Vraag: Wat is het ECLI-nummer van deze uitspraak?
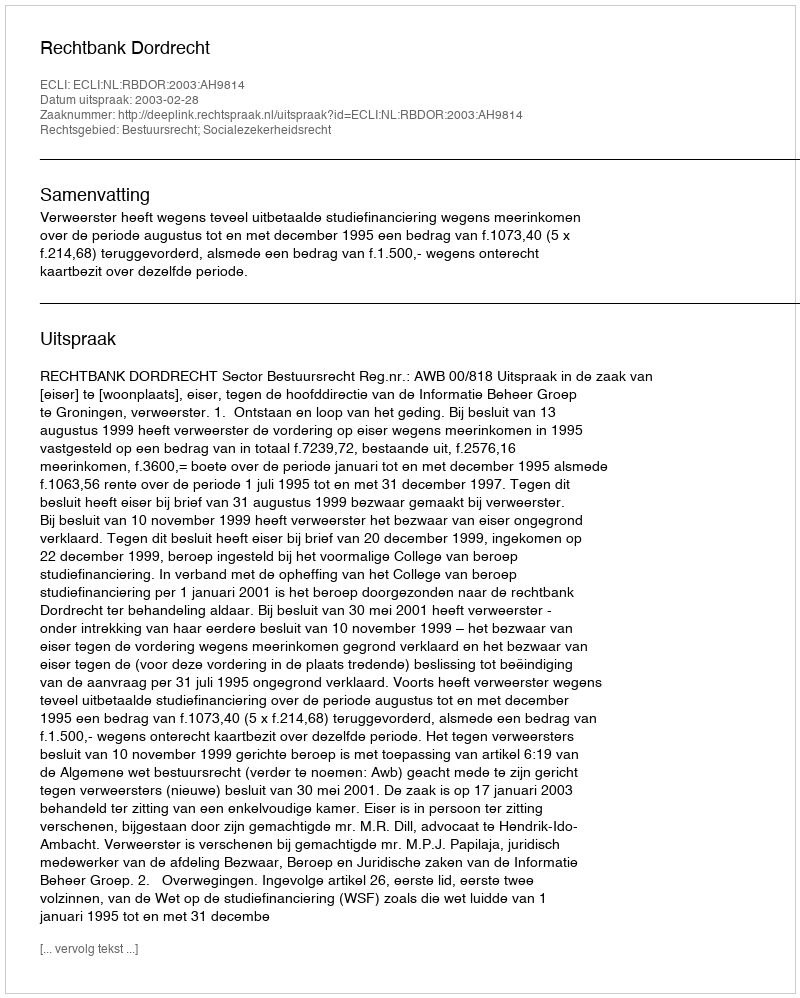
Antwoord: ECLI:NL:RBDOR:2003:AH9814